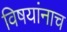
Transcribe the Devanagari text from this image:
विषयांनाच